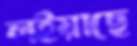
লইয়াছে